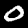
Digit: 0